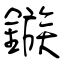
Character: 鏃